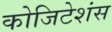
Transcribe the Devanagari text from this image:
कोजिटेशंस